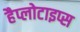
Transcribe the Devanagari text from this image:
हैप्लोटाइप्स